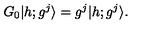
G _ { 0 } \vert h ; g ^ { j } \rangle = g ^ { j } \vert h ; g ^ { j } \rangle { } .